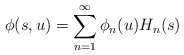
\begin{align*}\phi(s, u) = \sum_{n = 1}^{\infty}\phi_n(u)H_n(s)\end{align*}